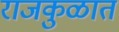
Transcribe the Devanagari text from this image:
राजकुळात